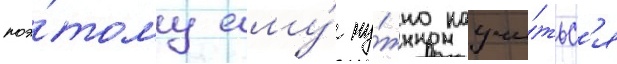
поэ́тому ему́ ну́жно научи́тьс'я